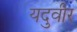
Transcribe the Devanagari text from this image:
यदुवीर